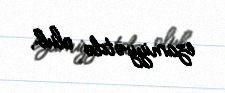
ezamiyyətdə olub.